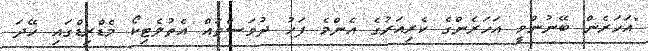
"އަހަރެން ބޭނުންވީ އަހަރެންގެ ކެރިއަރުގެ އެންމެ ފަހު ދުވަސްތައް އެތުލެޓިކޯ މެޑްރިޑްގައި ހޭދަ